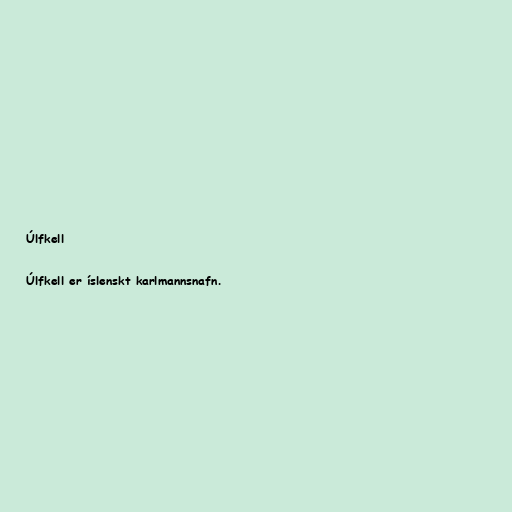
Úlfkell

Úlfkell er íslenskt karlmannsnafn.